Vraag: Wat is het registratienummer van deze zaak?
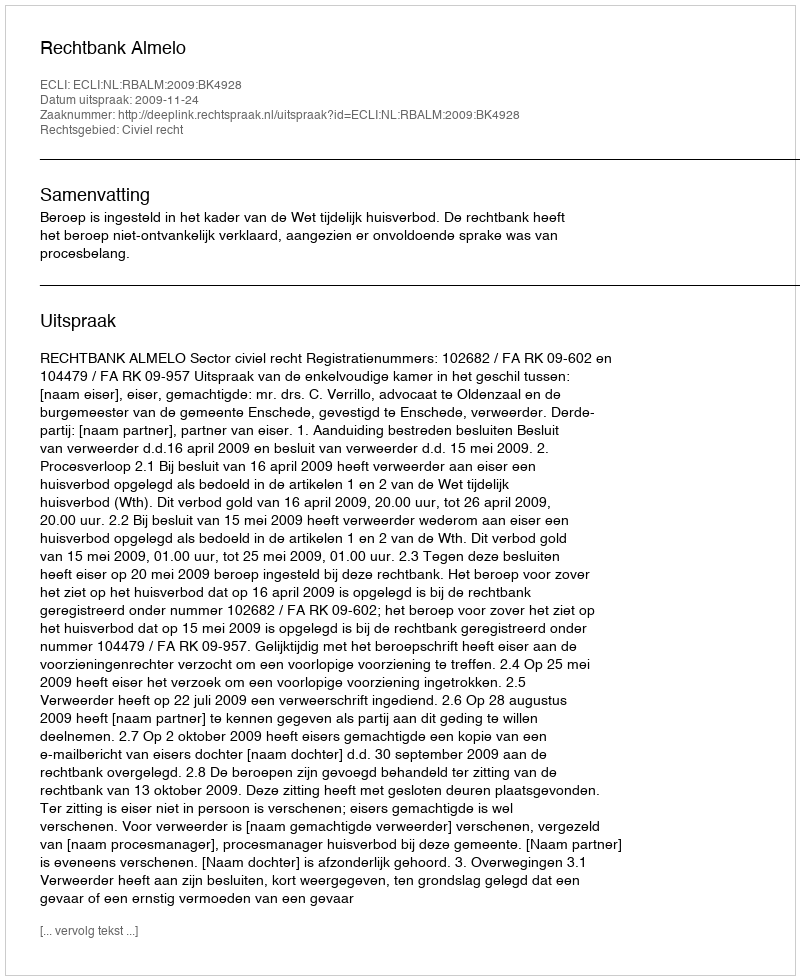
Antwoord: http://deeplink.rechtspraak.nl/uitspraak?id=ECLI:NL:RBALM:2009:BK4928